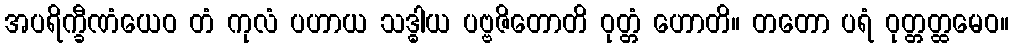
အပရိက္ခီဏံယေဝ တံ ကုလံ ပဟာယ သဒ္ဓါယ ပဗ္ဗဇိတောတိ ဝုတ္တံ ဟောတိ။ တတော ပရံ ဝုတ္တတ္ထမေဝ။